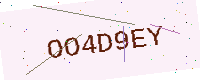
Text: OO4D9EY